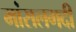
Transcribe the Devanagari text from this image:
मांसलगदी